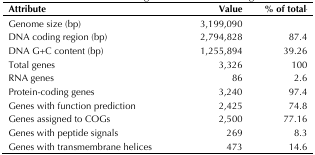
| Attribute | Value | % of totala |
 | --- | --- | --- |
 | Genome size (bp) | 3,199,090 |  |
 | DNA coding region (bp) | 2,794,828 | 87.4 |
 | DNA G+C content (bp) | 1,255,894 | 39.26 |
 | Total genes | 3,326 | 100 |
 | RNA genes | 86 | 2.6 |
 | Protein-coding genes | 3,240 | 97.4 |
 | Genes with function prediction | 2,425 | 74.8 |
 | Genes assigned to COGs | 2,500 | 77.16 |
 | Genes with peptide signals | 269 | 8.3 |
 | Genes with transmembrane helices | 473 | 14.6 |